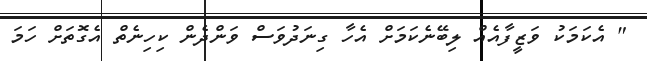
" އެކަމަކު ވަޒީފާއެއް ލިބޭނެކަމަށް އެހާ ގިނަދުވަސް ވަންދެން ކިހިނެތް އެގޮތަށް ހަމަ